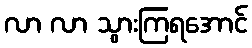
လာ လာ သွားကြရအောင်